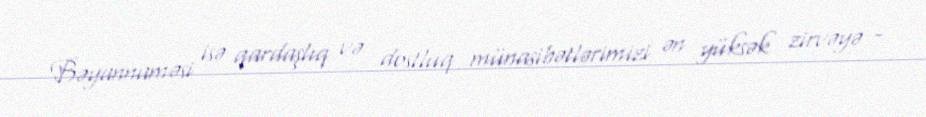
Bəyannaməsi isə qardaşlıq və dostluq münasibətlərimizi ən yüksək zirvəyə -